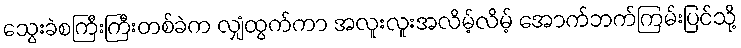
သွေးခဲစကြီးကြီးတစ်ခဲက လျှံထွက်ကာ အလူးလူးအလိမ့်လိမ့် အောက်ဘက်ကြမ်းပြင်သို့